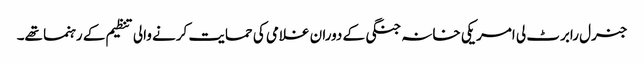
جنرل رابرٹ لی امریکی خانہ جنگی کے دوران غلامی کی حمایت کرنے والی تنظیم کے رہنما تھے۔